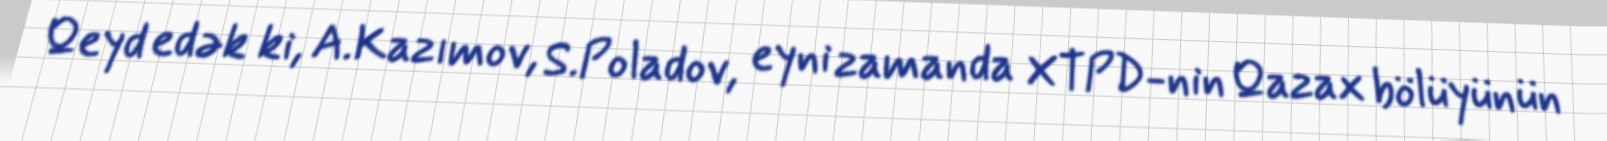
Qeyd edək ki, A.Kazımov, S.Poladov, eyni zamanda XTPD-nin Qazax bölüyünün